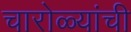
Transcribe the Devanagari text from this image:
चारोळ्यांची